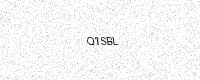
Text: Q1SBL